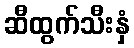
ဆီထွက်သီးနှံ